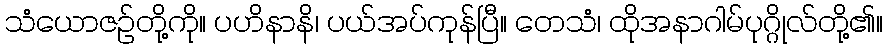
သံယောဇဉ်တို့ကို။ ပဟိနာနိ၊ ပယ်အပ်ကုန်ပြီ။ တေသံ၊ ထိုအနာဂါမ်ပုဂ္ဂိုလ်တို့၏။